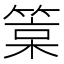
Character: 𥯲